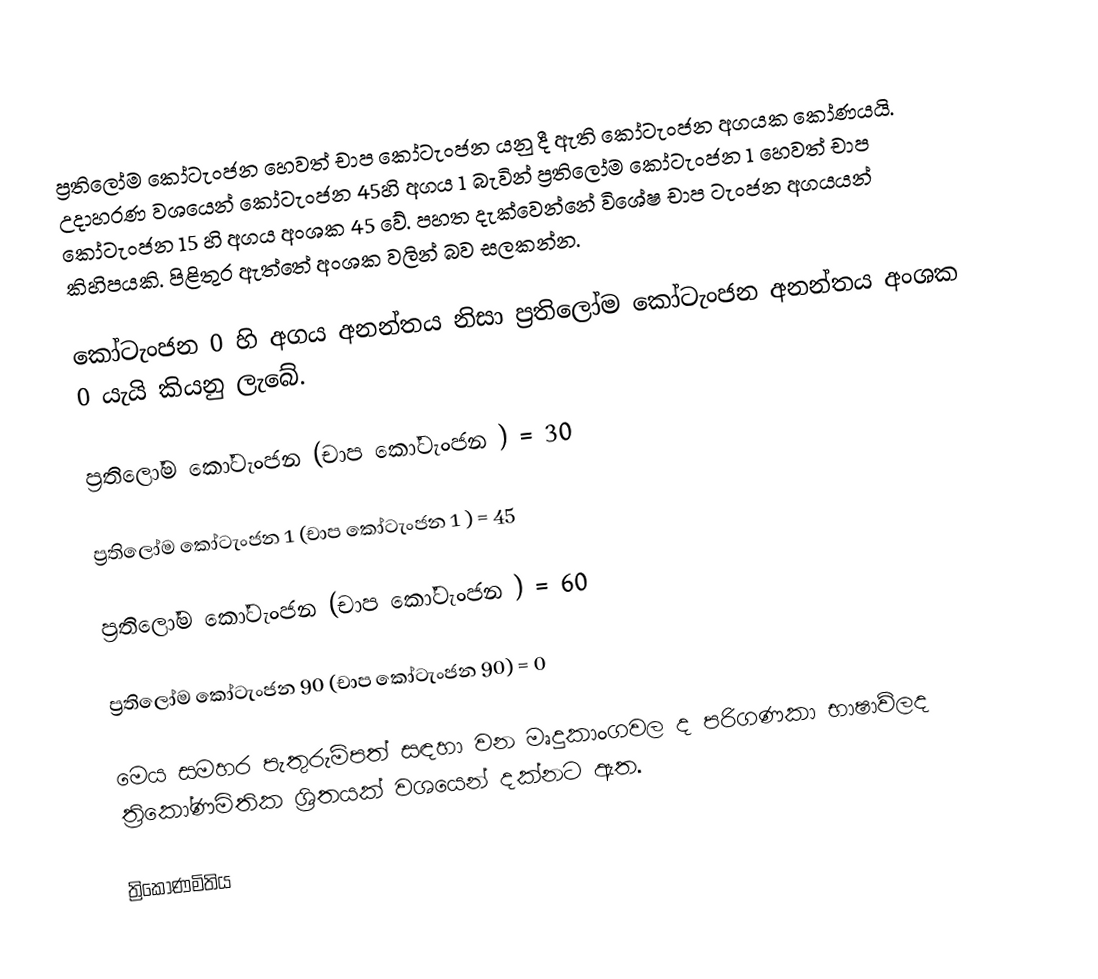
ප්‍රතිලෝම කෝටැංජන හෙවත් චාප කෝටැංජන යනු දී ඇති කෝටැංජන අගයක කෝණයයි. උදාහරණ වශයෙන් කෝටැංජන 45හි අගය 1 බැවින් ප්‍රතිලෝම කෝටැංජන 1 හෙවත් චාප කෝටැංජන 15 හි අගය අංශක 45 වේ. පහත දැක්වෙන්නේ විශේෂ චාප ටැංජන අගයයන් කිහිපයකි. පිළිතුර ඇත්තේ අංශක වලින් බව සලකන්න.

කෝටැංජන 0 හි අගය අනන්තය නිසා ප්‍රතිලෝම කෝටැංජන අනන්තය අංශක 0 යැයි කියනු ලැබේ.

ප්‍රතිලෝම කෝටැංජන      (චාප කෝටැංජන ) = 30

ප්‍රතිලෝම කෝටැංජන 1    (චාප කෝටැංජන 1 ) = 45

ප්‍රතිලෝම කෝටැංජන    (චාප කෝටැංජන ) = 60

ප්‍රතිලෝම කෝටැංජන 90 (චාප කෝටැංජන 90) = 0

මෙය සමහර පැතුරුම්පත් සඳහා වන මෘදුකාංගවල ද පරිගණකා භාෂාව්ලද ත්‍රිකෝණමිතික ශ්‍රිතයක් වශයෙන් දක්නට ඇත.

ත්‍රිකෝණමිතිය